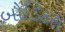
બોડિદરા